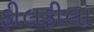
ફીલફીલા